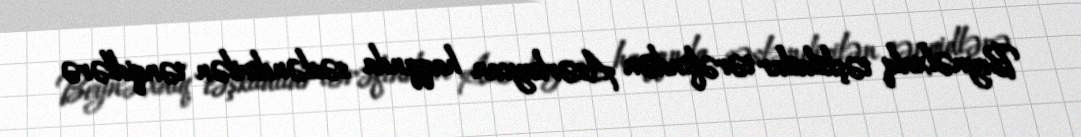
Beynəlxalq təşkilatlar tərəfindən Azərbaycan haqqında səsləndirilən tənqidlərə